Medical and sanitary report on the native army of Bombay for the year
Year: 1877
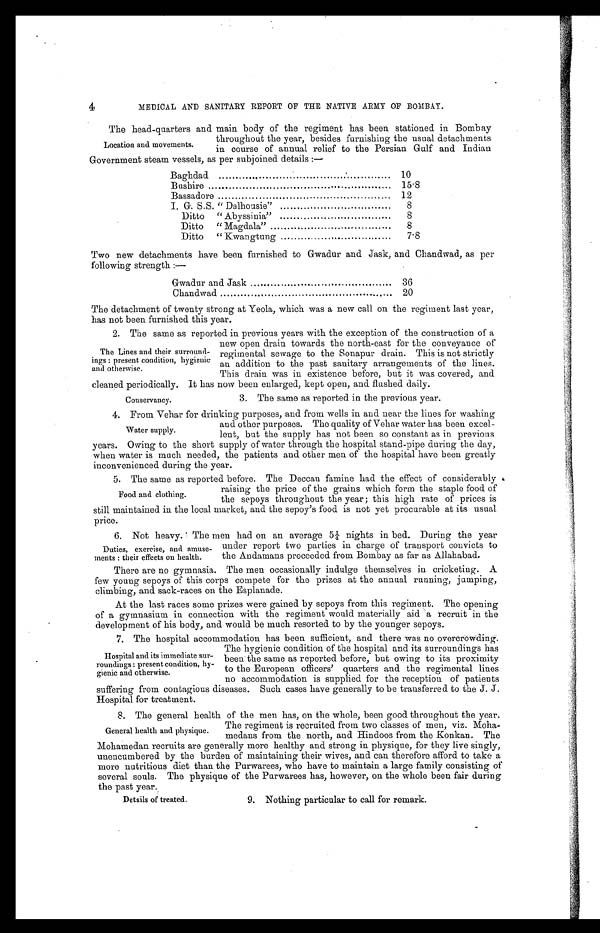
4
MEDICAL AND SANITARY REPORT OF THE NATIVE ARMY OF BOMBAY.
The head-quarters and main body of the regiment has been stationed in Bombay
throughout the year, besides furnishing the usual detachments
in course of annual relief to the Persian Gulf and Indian
Government steam vessels, as per subjoined details :—
Baghdad
10
Bushire
15.8
Bassadore
12
I. G. S.S. " Dalhousie"
8
Ditto " Abyssinia"
8
Ditto " Magdala"
8
Ditto " Kwangtung
7.8
Two new detachments have been furnished to Gwadur and Jask, and Chandwad, as per
following strength :—
Gwadur and Jask
36
Chandwad
20
The detachment of twenty strong at Yeola, which was a new call on the regiment last year,
has not been furnished this year.
2. The same as reported in previous years with the exception of the construction of a
new open drain towards the north-east for the conveyance of
regimental sewage to the Sonapur drain. This is not strictly
an addition to the past sanitary arrangements of the lines.
This drain was in existence before, but it was covered, and
cleaned periodically. It has now been enlarged, kept open, and flushed daily.
Location and movements.
The Lines and their surround-
ings : present condition, hygienic.
and otherwise.
Conservancy.
3. The same as reported in the previous year.
4. From Vehar for drinking purposes, and from wells in and near the lines for washing
and other purposes. The quality of Vehar water has been excel-
lent, but the supply has not been so constant as in previous
years. Owing to the short supply of water through the hospital stand-pipe during the day,
when water is much needed, the patients and other men of the hospital have been greatly
inconvenienced during the year.
5. The same as reported before. The Deccan famine had the effect of considerably
raising the price of the grains which form the staple food of
the sepoys throughout the year; this high rate of prices is
still maintained in the local market, and the sepoy's food is not yet procurable at its usual
price.
6. Not heavy. The men had on an average 5¼ nights in bed. During the year
under report two parties in charge of transport convicts to
the Andamans proceeded from Bombay as far as Allahabad.
There are no gymnasia. The men occasionally indulge themselves in cricketing. A
few young sepoys of this corps compete for the prizes at the annual running, jumping,
climbing, and sack-races on the Esplanade.
At the last races some prizes were gained by sepoys from this regiment. The opening
of a gymnasium in connection with the regiment would materially aid a recruit in the
development of his body, and would be much resorted to by the younger sepoys.
7. The hospital accommodation has been sufficient, and there was no overcrowding.
The hygienic condition of the hospital and its surroundings has
been the same as reported before, but owing to its proximity
to the European officers' quarters and the regimental lines
no accommodation is supplied for the reception of patients
suffering from contagious diseases. Such cases have generally to be transferred to the J.
Hospital for treatment.
8. The general health of the men has, on the whole, been good throughout the year.
The regiment is recruited from two classes of men, viz. Moha-
medans from the north, and Hindoos from the Konkan. The
Mohamedan recruits are generally more healthy and strong in physique, for they live singly,
unencumbered by the burden of maintaining their wives, and can therefore afford to take a
more nutritious diet than the Purwarees, who have to maintain a large family consisting of
several souls. The physique of the Purwarees has, however, on the whole been fair during
the past year.
Water supply.
Food and clothing.
Duties, exercise, and amuse-
ments : their effects on health.
Hospital and its immediate sur-
roundings : present condition, hy-
gienic and otherwise.
General health and physique.
Details of treated.
9. Nothing particular to call for remark.